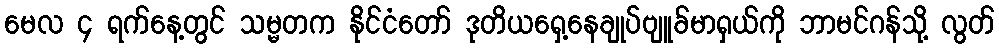
မေလ ၄ ရက်နေ့တွင် သမ္မတက နိုင်ငံတော် ဒုတိယရှေ့နေချုပ်ဗျူခ်မာရှယ်ကို ဘာမင်ဂန်သို့ လွတ်